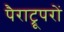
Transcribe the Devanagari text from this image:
पैराट्रूपरों